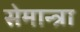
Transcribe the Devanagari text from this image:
सेमान्त्रा